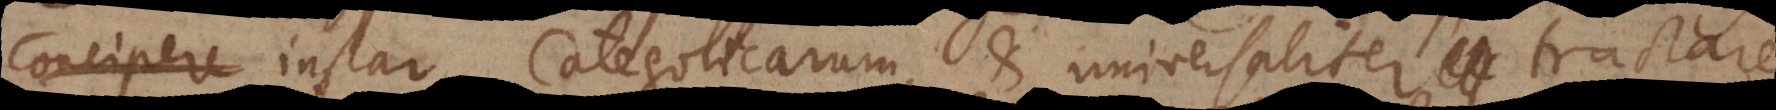
instar Categoricarum, et universaliter tractare